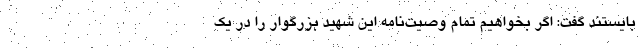
بایستند گفت: اگر بخواهیم تمام وصیت‌نامه این شهید بزرگوار را در یک